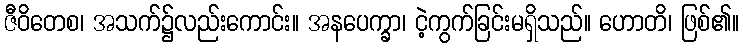
ဇီဝိတေစ၊ အသက်၌လည်းကောင်း။ အနပေက္ခာ၊ ငဲ့ကွက်ခြင်းမရှိသည်။ ဟောတိ၊ ဖြစ်၏။